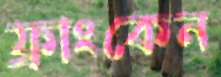
ফ্রাংকেন